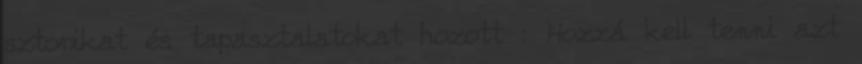
sztorikat és tapasztalatokat hozott : Hozzá kell tenni azt